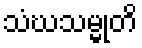
သံဃသမ္မုတိ